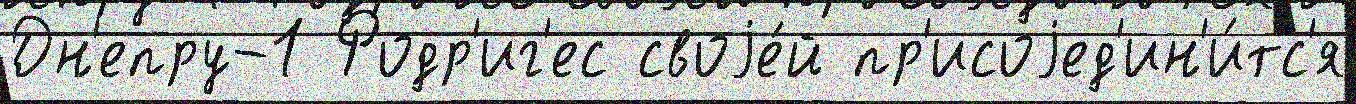
Дн'епру-1 Родр'иг'ес своjе́й пр'исоjед'ин'и́тс'я